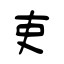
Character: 吏